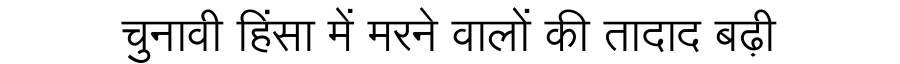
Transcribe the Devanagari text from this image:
चुनावी हिंसा में मरने वालों की तादाद बढ़ी